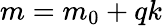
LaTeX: m=m_{0}+qk